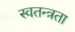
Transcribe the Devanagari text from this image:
स्‍वतन्त्रता